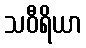
သဝီရိယာ